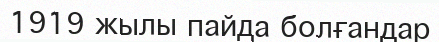
1919 жылы пайда болғандар